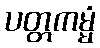
ပတ္တကမ္မံ